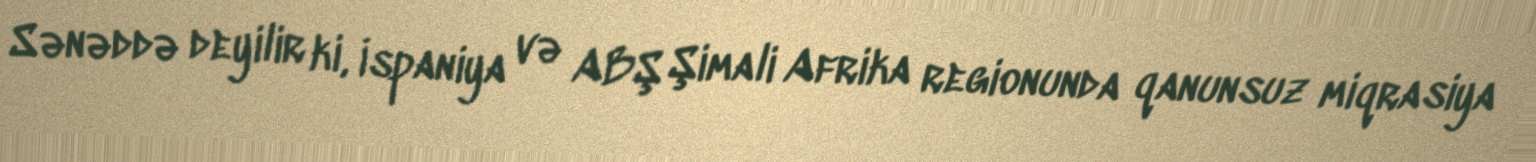
Sənəddə deyilir ki, İspaniya və ABŞ Şimali Afrika regionunda qanunsuz miqrasiya